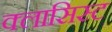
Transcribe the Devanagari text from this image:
क्लासिस्ट